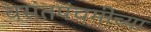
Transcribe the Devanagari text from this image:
वसंतपंचमीच्या